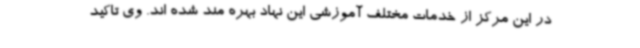
در این مرکز از خدمات مختلف آموزشی این نهاد بهره مند شده اند. وی تاکید